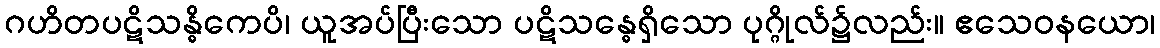
ဂဟိတပဋိသန္ဓိကေပိ၊ ယူအပ်ပြီးသော ပဋိသန္ဓေရှိသော ပုဂ္ဂိုလ်၌လည်း။ ဧသေဝနယော၊